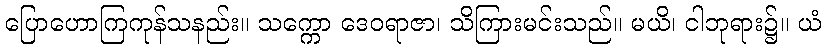
ပြောဟောကြကုန်သနည်း။ သက္ကော ဒေဝရာဇာ၊ သိကြားမင်းသည်။ မယိ၊ ငါဘုရား၌။ ယံ